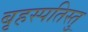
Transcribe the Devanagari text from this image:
बृहस्पतिस्तु